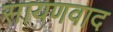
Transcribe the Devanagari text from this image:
सायणवाद